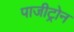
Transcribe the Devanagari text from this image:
पाजीट्रोन